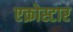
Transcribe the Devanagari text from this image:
एक्रोस्टार